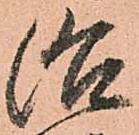
治